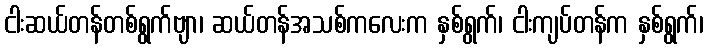
ငါးဆယ်တန်တစ်ရွက်ဗျာ၊ ဆယ်တန်အသစ်ကလေးက နှစ်ရွက်၊ ငါးကျပ်တန်က နှစ်ရွက်၊